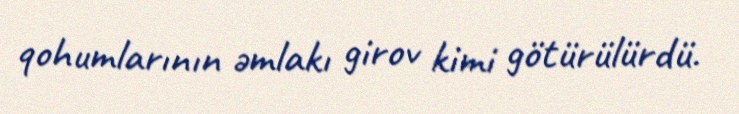
qohumlarının əmlakı girov kimi götürülürdü.